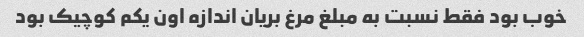
خوب بود فقط نسبت به مبلغ مرغ بریان اندازه اون یکم کوچیک بود